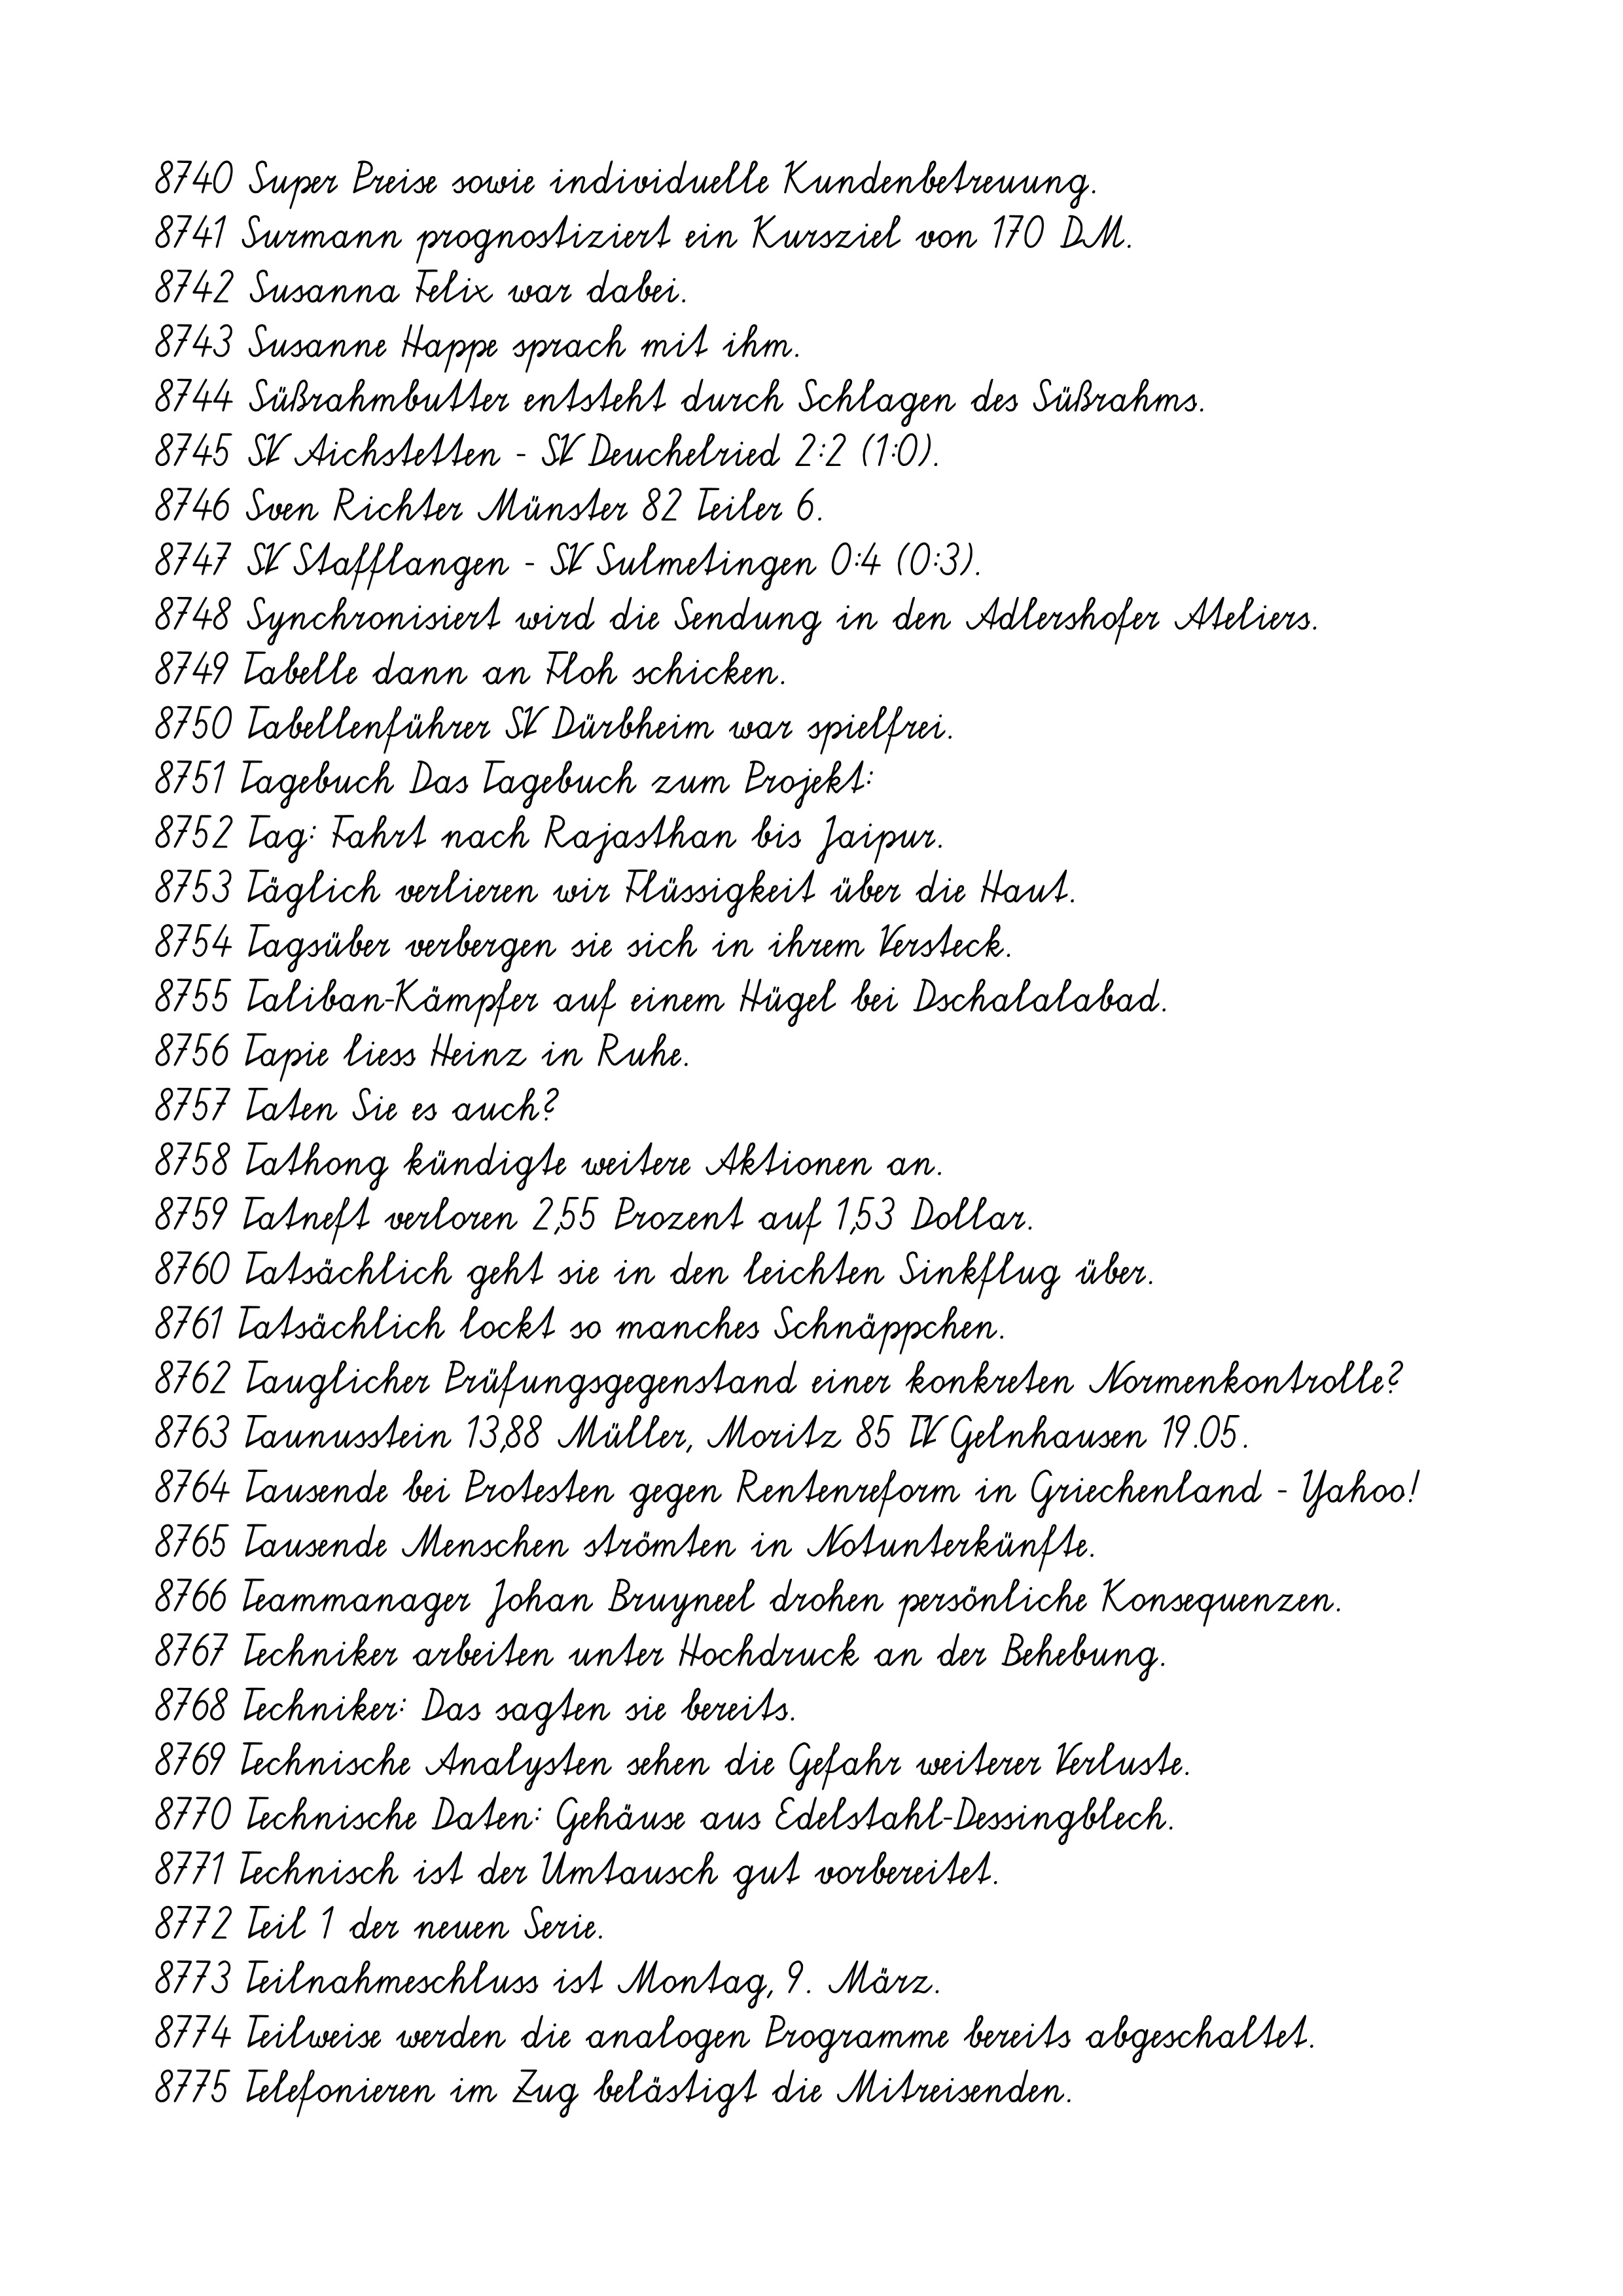
8740 Super Preise sowie individuelle Kundenbetreuung.
8741 Surmann prognostiziert ein Kursziel von 170 DM.
8742 Susanna Felix war dabei.
8743 Susanne Happe sprach mit ihm.
8744 Süßrahmbutter entsteht durch Schlagen des Süßrahms.
8745 SV Aichstetten - SV Deuchelried 2:2 (1:0).
8746 Sven Richter Münster 82 Teiler 6.
8747 SV Stafflangen - SV Sulmetingen 0:4 (0:3).
8748 Synchronisiert wird die Sendung in den Adlershofer Ateliers.
8749 Tabelle dann an Floh schicken.
8750 Tabellenführer SV Dürbheim war spielfrei.
8751 Tagebuch Das Tagebuch zum Projekt:
8752 Tag: Fahrt nach Rajasthan bis Jaipur.
8753 Täglich verlieren wir Flüssigkeit über die Haut.
8754 Tagsüber verbergen sie sich in ihrem Versteck.
8755 Taliban-Kämpfer auf einem Hügel bei Dschalalabad.
8756 Tapie liess Heinz in Ruhe.
8757 Taten Sie es auch?
8758 Tathong kündigte weitere Aktionen an.
8759 Tatneft verloren 2,55 Prozent auf 1,53 Dollar.
8760 Tatsächlich geht sie in den leichten Sinkflug über.
8761 Tatsächlich lockt so manches Schnäppchen.
8762 Tauglicher Prüfungsgegenstand einer konkreten Normenkontrolle?
8763 Taunusstein 13,88 Müller, Moritz 85 TV Gelnhausen 19.05.
8764 Tausende bei Protesten gegen Rentenreform in Griechenland - Yahoo!
8765 Tausende Menschen strömten in Notunterkünfte.
8766 Teammanager Johan Bruyneel drohen persönliche Konsequenzen.
8767 Techniker arbeiten unter Hochdruck an der Behebung.
8768 Techniker: Das sagten sie bereits.
8769 Technische Analysten sehen die Gefahr weiterer Verluste.
8770 Technische Daten: Gehäuse aus Edelstahl-Dessingblech.
8771 Technisch ist der Umtausch gut vorbereitet.
8772 Teil 1 der neuen Serie.
8773 Teilnahmeschluss ist Montag, 9. März.
8774 Teilweise werden die analogen Programme bereits abgeschaltet.
8775 Telefonieren im Zug belästigt die Mitreisenden.